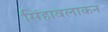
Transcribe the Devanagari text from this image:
सिंहावलाकन